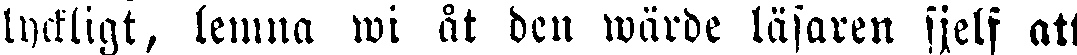
lyckligt, lemna wi åt den wärde läsaren sjelf att